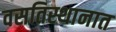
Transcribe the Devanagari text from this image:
वसतिस्थानात